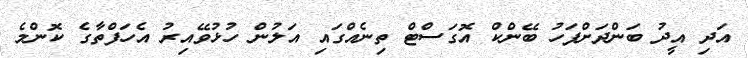
އަދި އީދު ބަންދަަށްފަހު ބޭންކް އޮގަސްޓް ތިނެއްގައި އަލުން ހުޅުވޭއިރު އެހަފްތާގެ ކޮންމެ